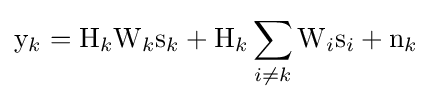
\mathrm {y} _{k}=\mathrm {H} _{k}\mathrm {W} _{k}\mathrm {s} _{k}+\mathrm {H} _{k}\sum _{i\neq k}\mathrm {W} _{i}\mathrm {s} _{i}+\mathrm {n} _{k}